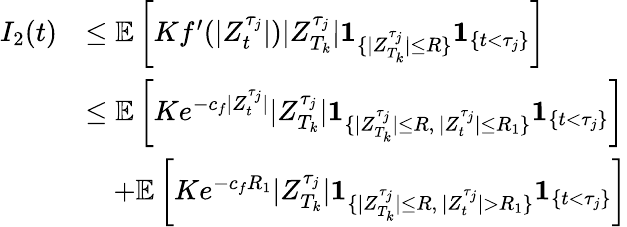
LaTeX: \begin{array}{rl}{I_{2}(t)}&{\leq\mathbb{E}\left[Kf^{\prime}(|Z_{t}^{\tau_{j}}|)|Z_{T_{k}}^{\tau_{j}}|\textbf{1}_{\{ |Z_{T_{k}}^{\tau_{j}}|\leq R\} }\textbf{1}_{\{ t<\tau_{j}\} }\right]}\\ &{\le\mathbb{E}\left[Ke^{-c_{f}|Z_{t}^{\tau_{j}}|}|Z_{T_{k}}^{\tau_{j}}|\textbf{1}_{\{ |Z_{T_{k}}^{\tau_{j}}|\leq R,\, |Z_{t}^{\tau_{j}}|\leq R_{1}\} }\textbf{1}_{\{ t<\tau_{j}\} }\right]}\\ &{\quad+\mathbb{E}\left[Ke^{-c_{f}R_{1}}|Z_{T_{k}}^{\tau_{j}}|\textbf{1}_{\{ |Z_{T_{k}}^{\tau_{j}}|\leq R,\, |Z_{t}^{\tau_{j}}|>R_{1}\} }\textbf{1}_{\{ t<\tau_{j}\} }\right]}\end{array}